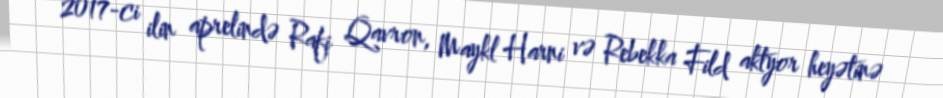
2017-ci ilin aprelində Rafi Qavron, Maykl Harni və Rebekka Fild aktyor heyətinə